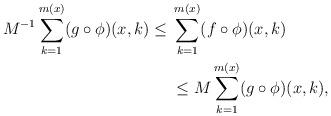
LaTeX: \begin{align*} M^{-1}\sum_{k=1}^{m(x)}(g\circ \phi)(x,k)\leq{}& \sum_{k=1}^{m(x)}(f\circ\phi)(x,k) \\&\leq M\sum_{k=1}^{m(x)}(g\circ \phi)(x,k), \end{align*}